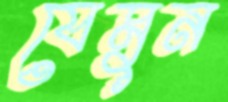
যেমুন